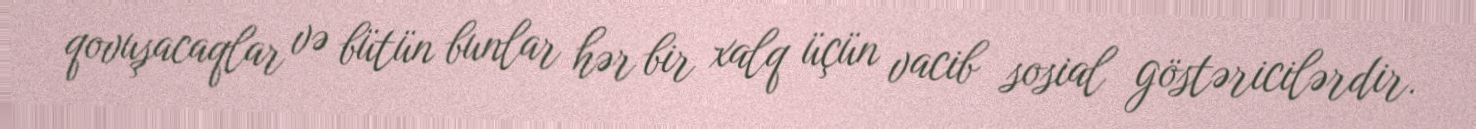
qovuşacaqlar və bütün bunlar hər bir xalq üçün vacib sosial göstəricilərdir.